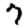
Digit: 7